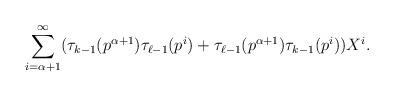
LaTeX: \begin{align*} \sum_{i=\alpha+1}^{\infty} ( \tau_{k-1}(p^{\alpha+1}) \tau_{\ell-1}(p^i) + \tau_{\ell-1}(p^{\alpha+1})\tau_{k-1}(p^i)) X^i.\end{align*}